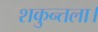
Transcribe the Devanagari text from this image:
शकुन्तला।